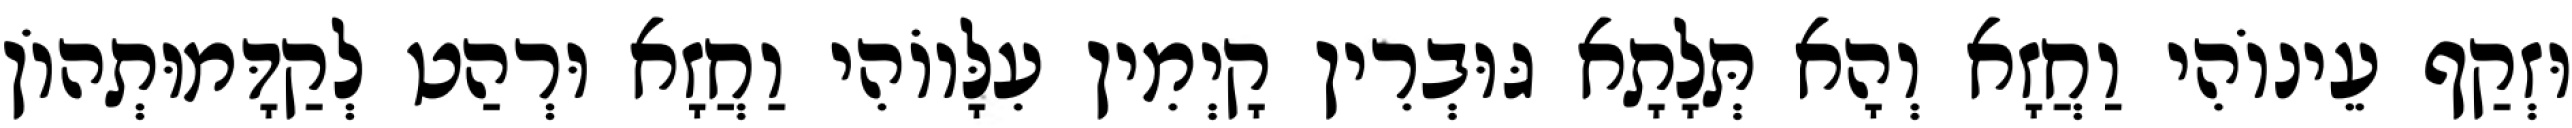
וּזְקַף עֵינוֹהִי וַחֲזָא וְהָא תְּלָתָא גּוּבְרִין קָיְמִין עִלָּווֹהִי וַחֲזָא וּרְהַט לְקַדָּמוּתְהוֹן